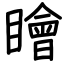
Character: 瞺